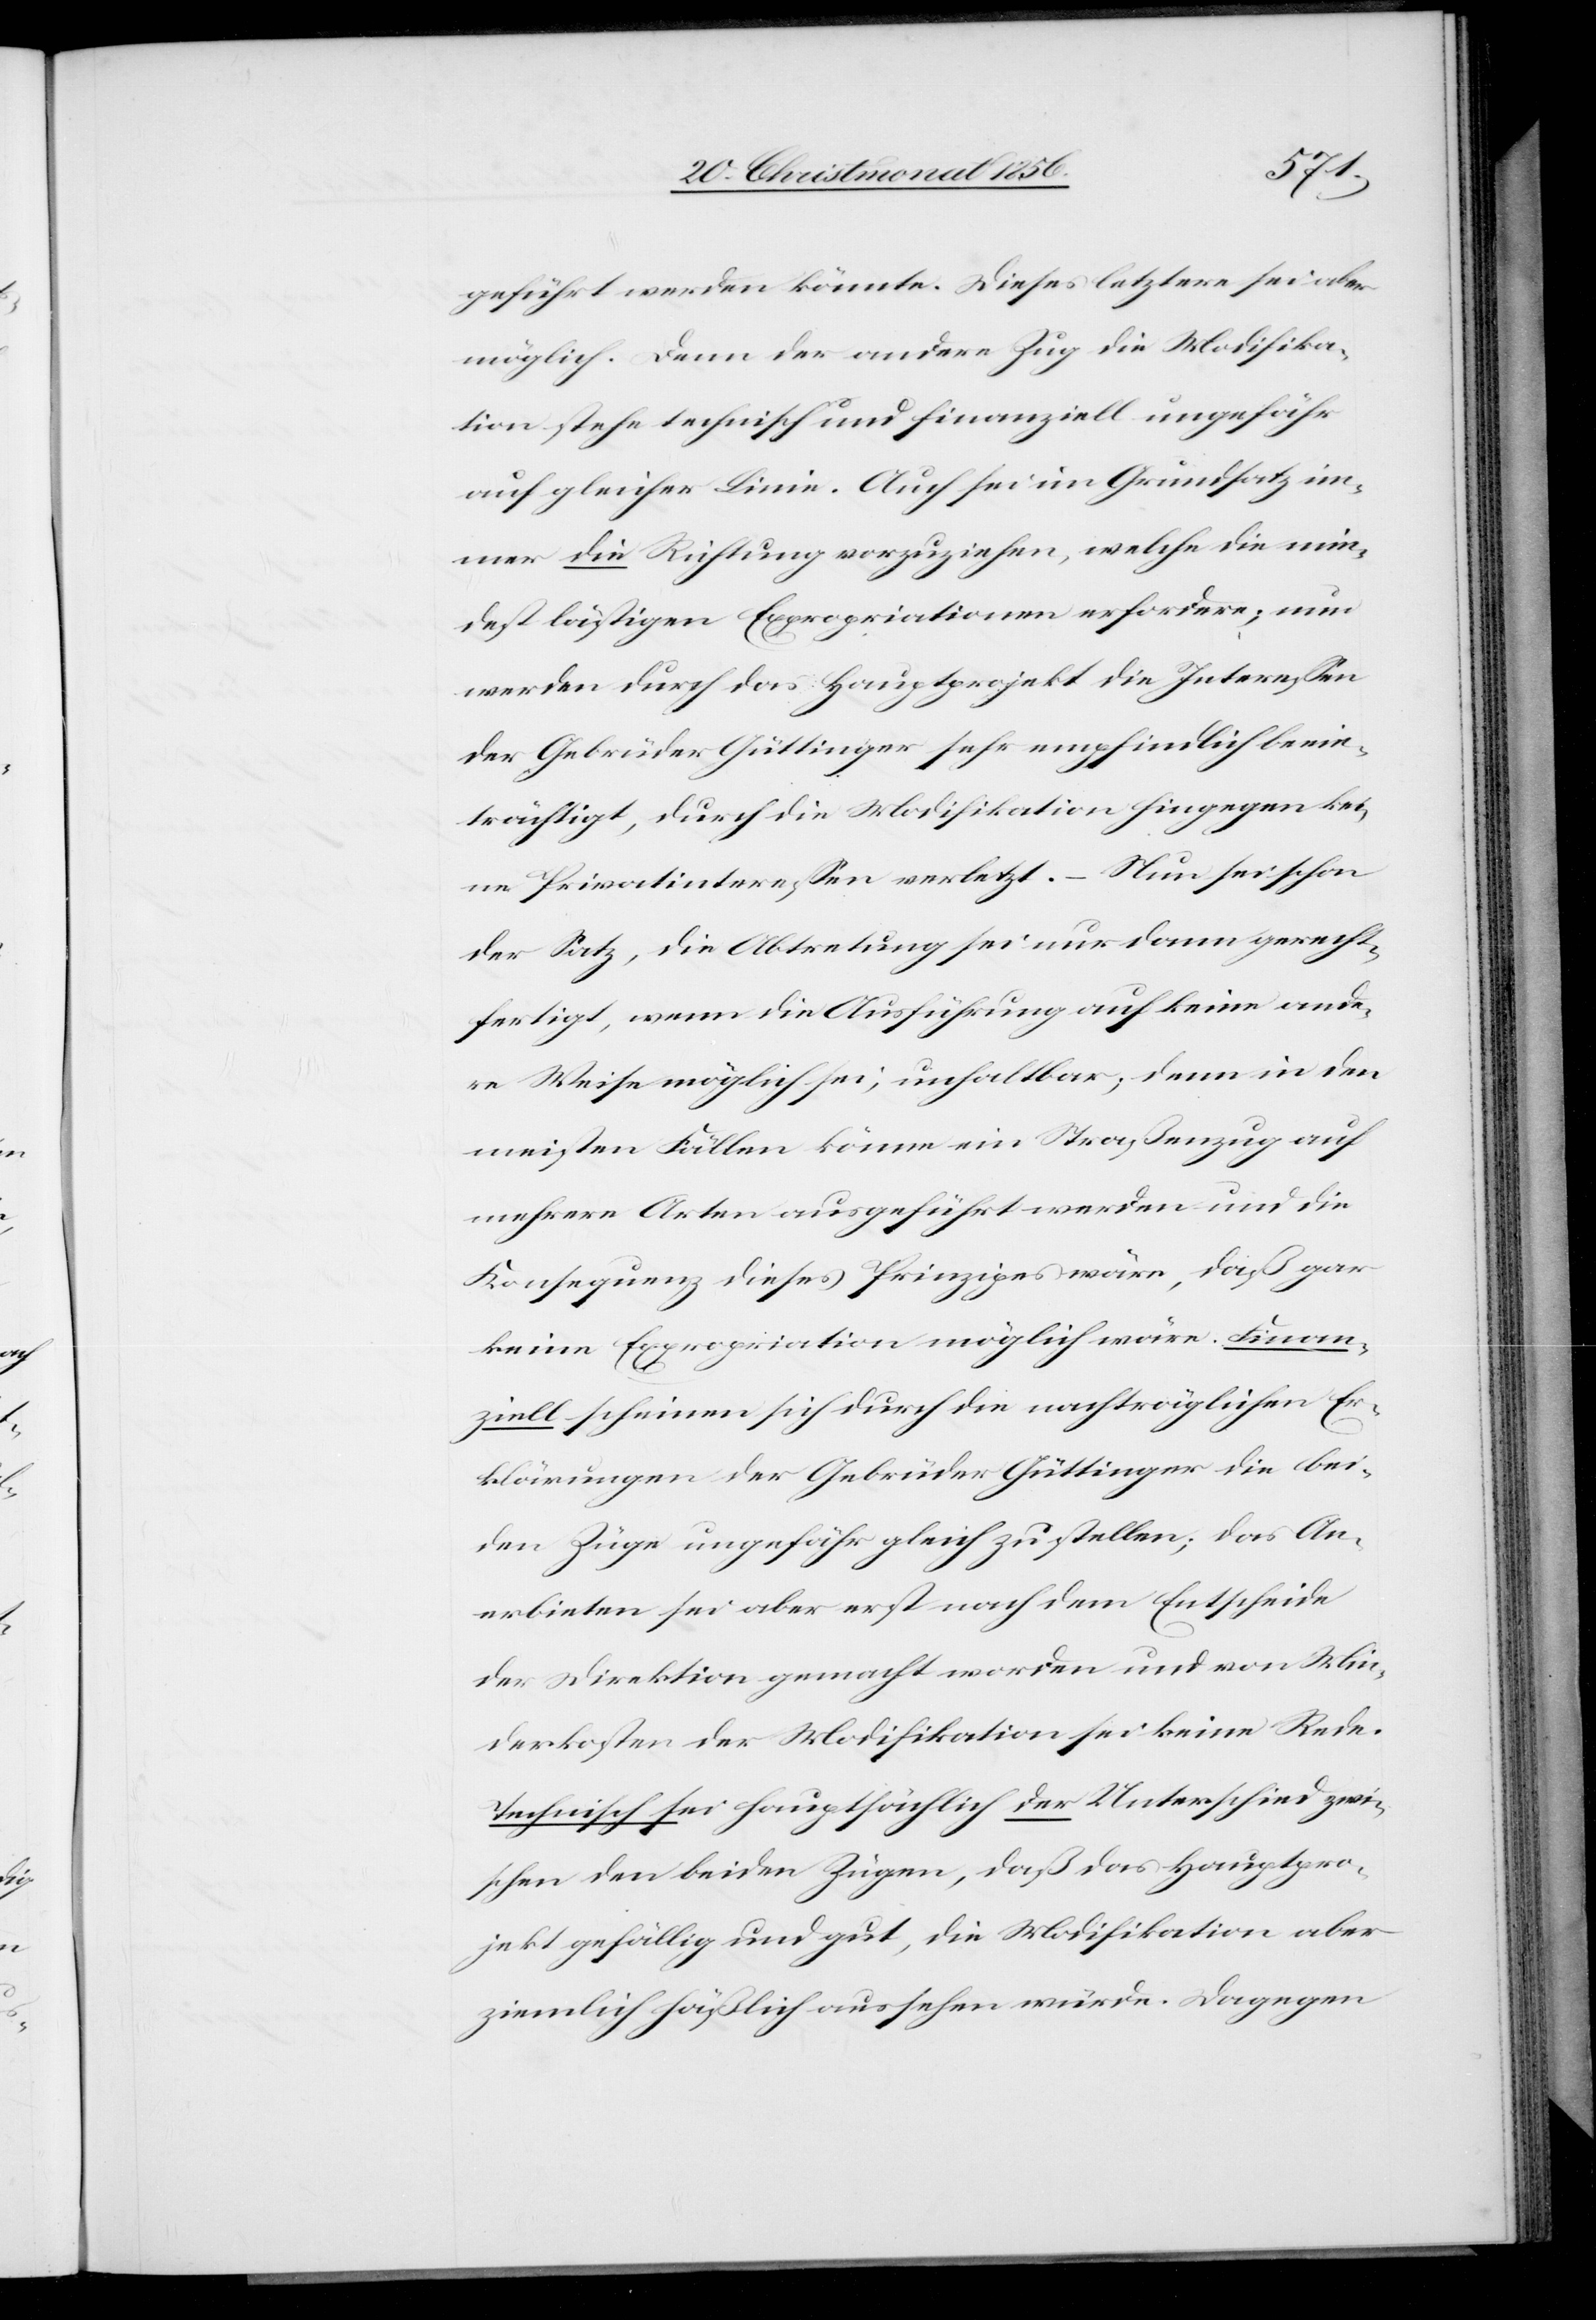
geführt werden könnte. Dieses letztere sei aber
möglich. Denn der andere Zug die [sic!] Modifika¬
tion stehe technisch und finanziell ungefähr
auf gleicher Linie. Auch sei im Grundsatz im¬
mer die Richtung vorzuziehen, welche die min¬
dest lästigen Expropriationen erfordere; nur
werden durch das Hauptprojekt die Interessen
der Gebrüder Güttinger sehr empfindlich beein¬
trächtigt, durch die Modifikation hingegen kei¬
ne Privatinteressen verletzt. – Nun sei schon
der Satz, die Abtretung sei nur dann gerecht¬
fertigt, wenn die Ausführung auf keine ande¬
re Weise möglich sei, unhaltbar; denn in den
meisten Fällen könne ein Straßenzug auf
mehrere Arten ausgeführt werden und die
Konsequenz dieses Prinzipes wäre, daß gar
keine Expropriation möglich wäre. Finan¬
ziell scheinen sich durch die nachträglichen Er¬
klärungen der Gebrüder Güttinger die bei¬
den Züge ungefähr gleich zu stellen; das An¬
erbieten sei aber erst nach dem Entscheide
der Direktion gemacht worden und von Min¬
derkosten der Modifikation sei keine Rede.
Technisch sei hauptsächlich der Unterschied zwi¬
schen den beiden Zügen, daß das Hauptpro¬
jekt gefällig und gut, die Modifikation aber
ziemlich häßlich aussehen würde. Dagegen